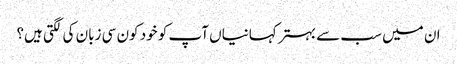
ان میں سب سے بہتر کہانیاں آپ کو خود کون سی زبان کی لگتی ہیں؟